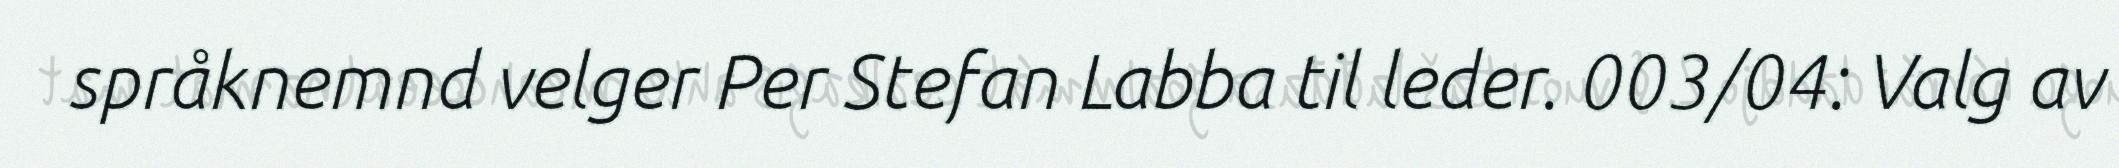
språknemnd velger Per Stefan Labba til leder. 003/04: Valg av